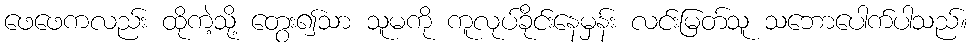
ဖေဖေကလည်း ထိုကဲ့သို့ တွေး၍သာ သူမကို ကူလုပ်ခိုင်းနေမှန်း လင်းမြတ်သူ သဘောပေါက်ပါသည်။